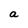
Character: a